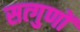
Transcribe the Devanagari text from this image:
सत्गुणों